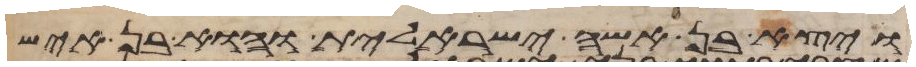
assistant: ויצא בן אשה ישראלית והוא בן איש